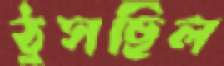
ঠুসছিল